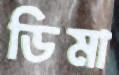
ডিমা